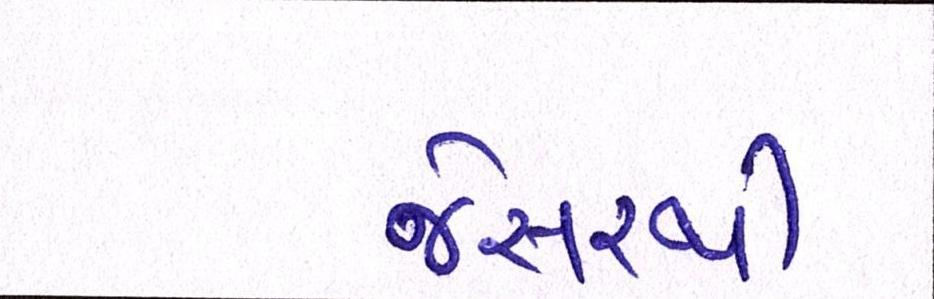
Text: જેસરથી